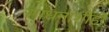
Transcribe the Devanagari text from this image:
साधनांशीही